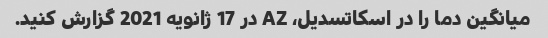
میانگین دما را در اسکاتسدیل، AZ در 17 ژانویه 2021 گزارش کنید.